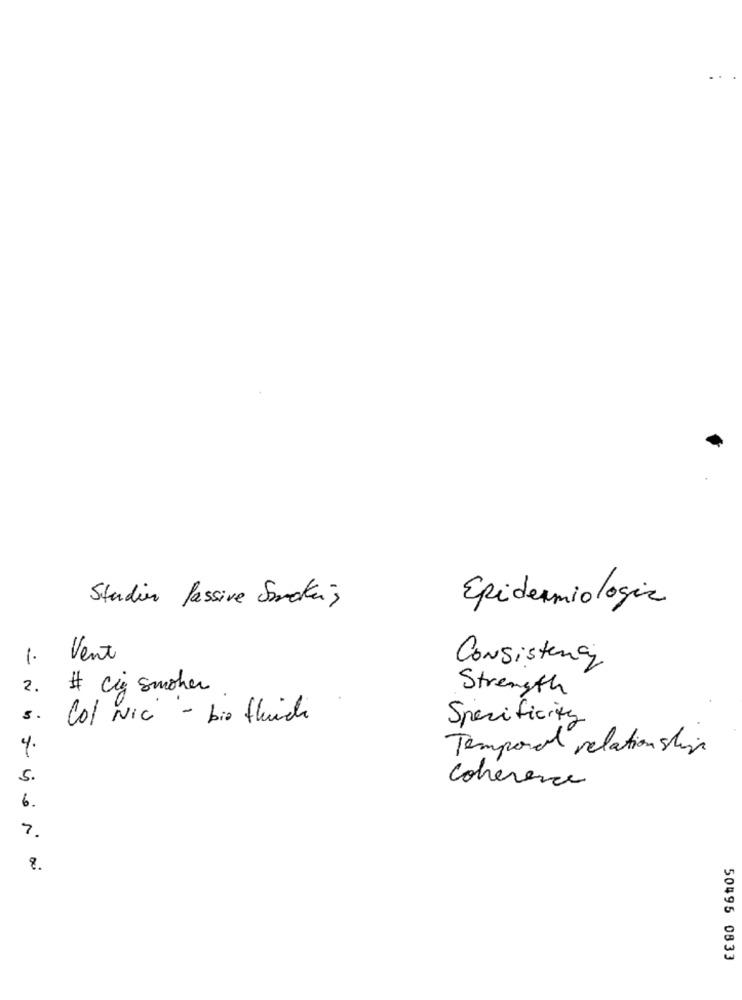
Studie Passive Smokes
Epidemiologia
1.
Vent
Consistency
2.
# cij smoker
Strength
5.
Col Nic - bio thuich
Specificity
4.
Temporal relationship
5.
Coherence
6.
7.
50495 0833